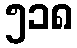
၅၁၈